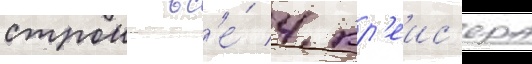
строи вс'е́ 4 кр'еис'ера